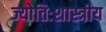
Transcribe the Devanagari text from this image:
ज्योतिःशास्त्रीय